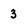
Character: 3